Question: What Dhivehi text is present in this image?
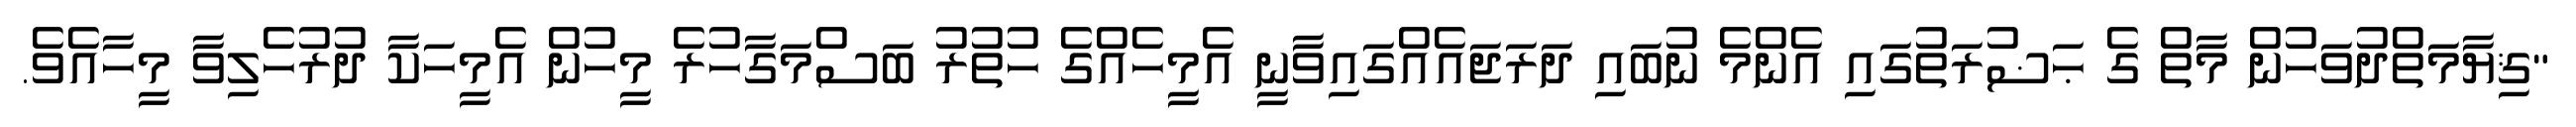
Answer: "ޤިޔާމަތްދުވަހުން މާތް ގެ ޙަޟުރަތުގައި އެންމެ ނުބައި ދަރަޖައެއްގައިވާނީ އެމީހެއްގެ ހުތުރު ބަސްމަގާހުރެ މީހުން އެމީހަކާ ދުރުހެލިވާ މީހާއެވެ.